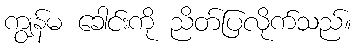
ကျွန်မ ခေါင်းကို ညိတ်ပြလိုက်သည်။